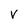
Character: v